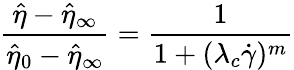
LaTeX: \frac{\hat{\eta}-\hat{\eta}_{\infty}}{\hat{\eta}_{0}-\hat{\eta}_{\infty}}=\frac{1}{1+(\lambda_{c}\dot{\gamma})^{m}}